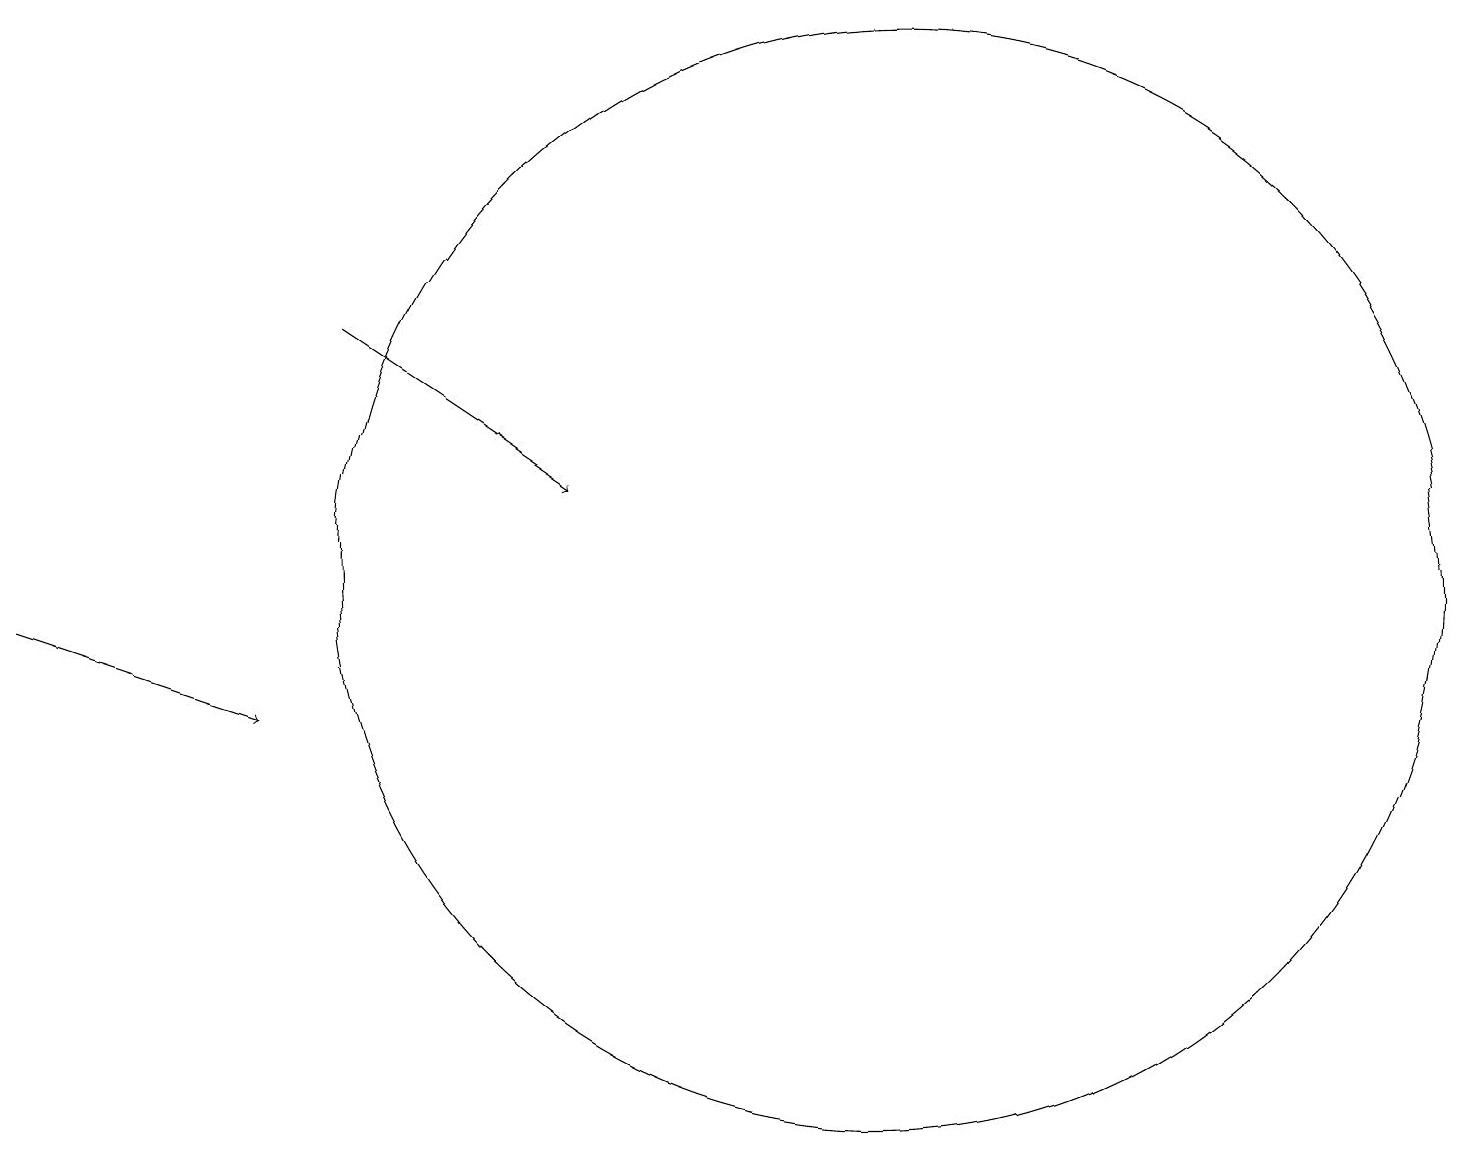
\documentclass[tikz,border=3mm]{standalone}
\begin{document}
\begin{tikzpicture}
\draw[->] (4,15) -- (7,13);
\draw[->] (0,11) -- (3,10);
\draw (11,12) circle (7);
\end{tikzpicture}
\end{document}